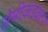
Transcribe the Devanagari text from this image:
सेमीकंडक्‍टर